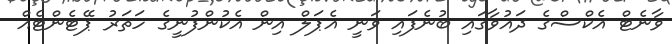
ވާނެޓް އެކްސްގެ ދައުވާގައި ބުނެފައި ވަނީ އެޕަލް އިން އެކުންފުނީގެ ހަތަރު ޕޭޓެންޓެއް